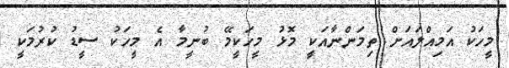
މީހަކު އަމިއްލައަށް ތިމަންނާއަކީ މޮޅު މީހަކީމޭ ބުނީމާ އެ މީހަކު ސީޑު ކުރުމަކީ